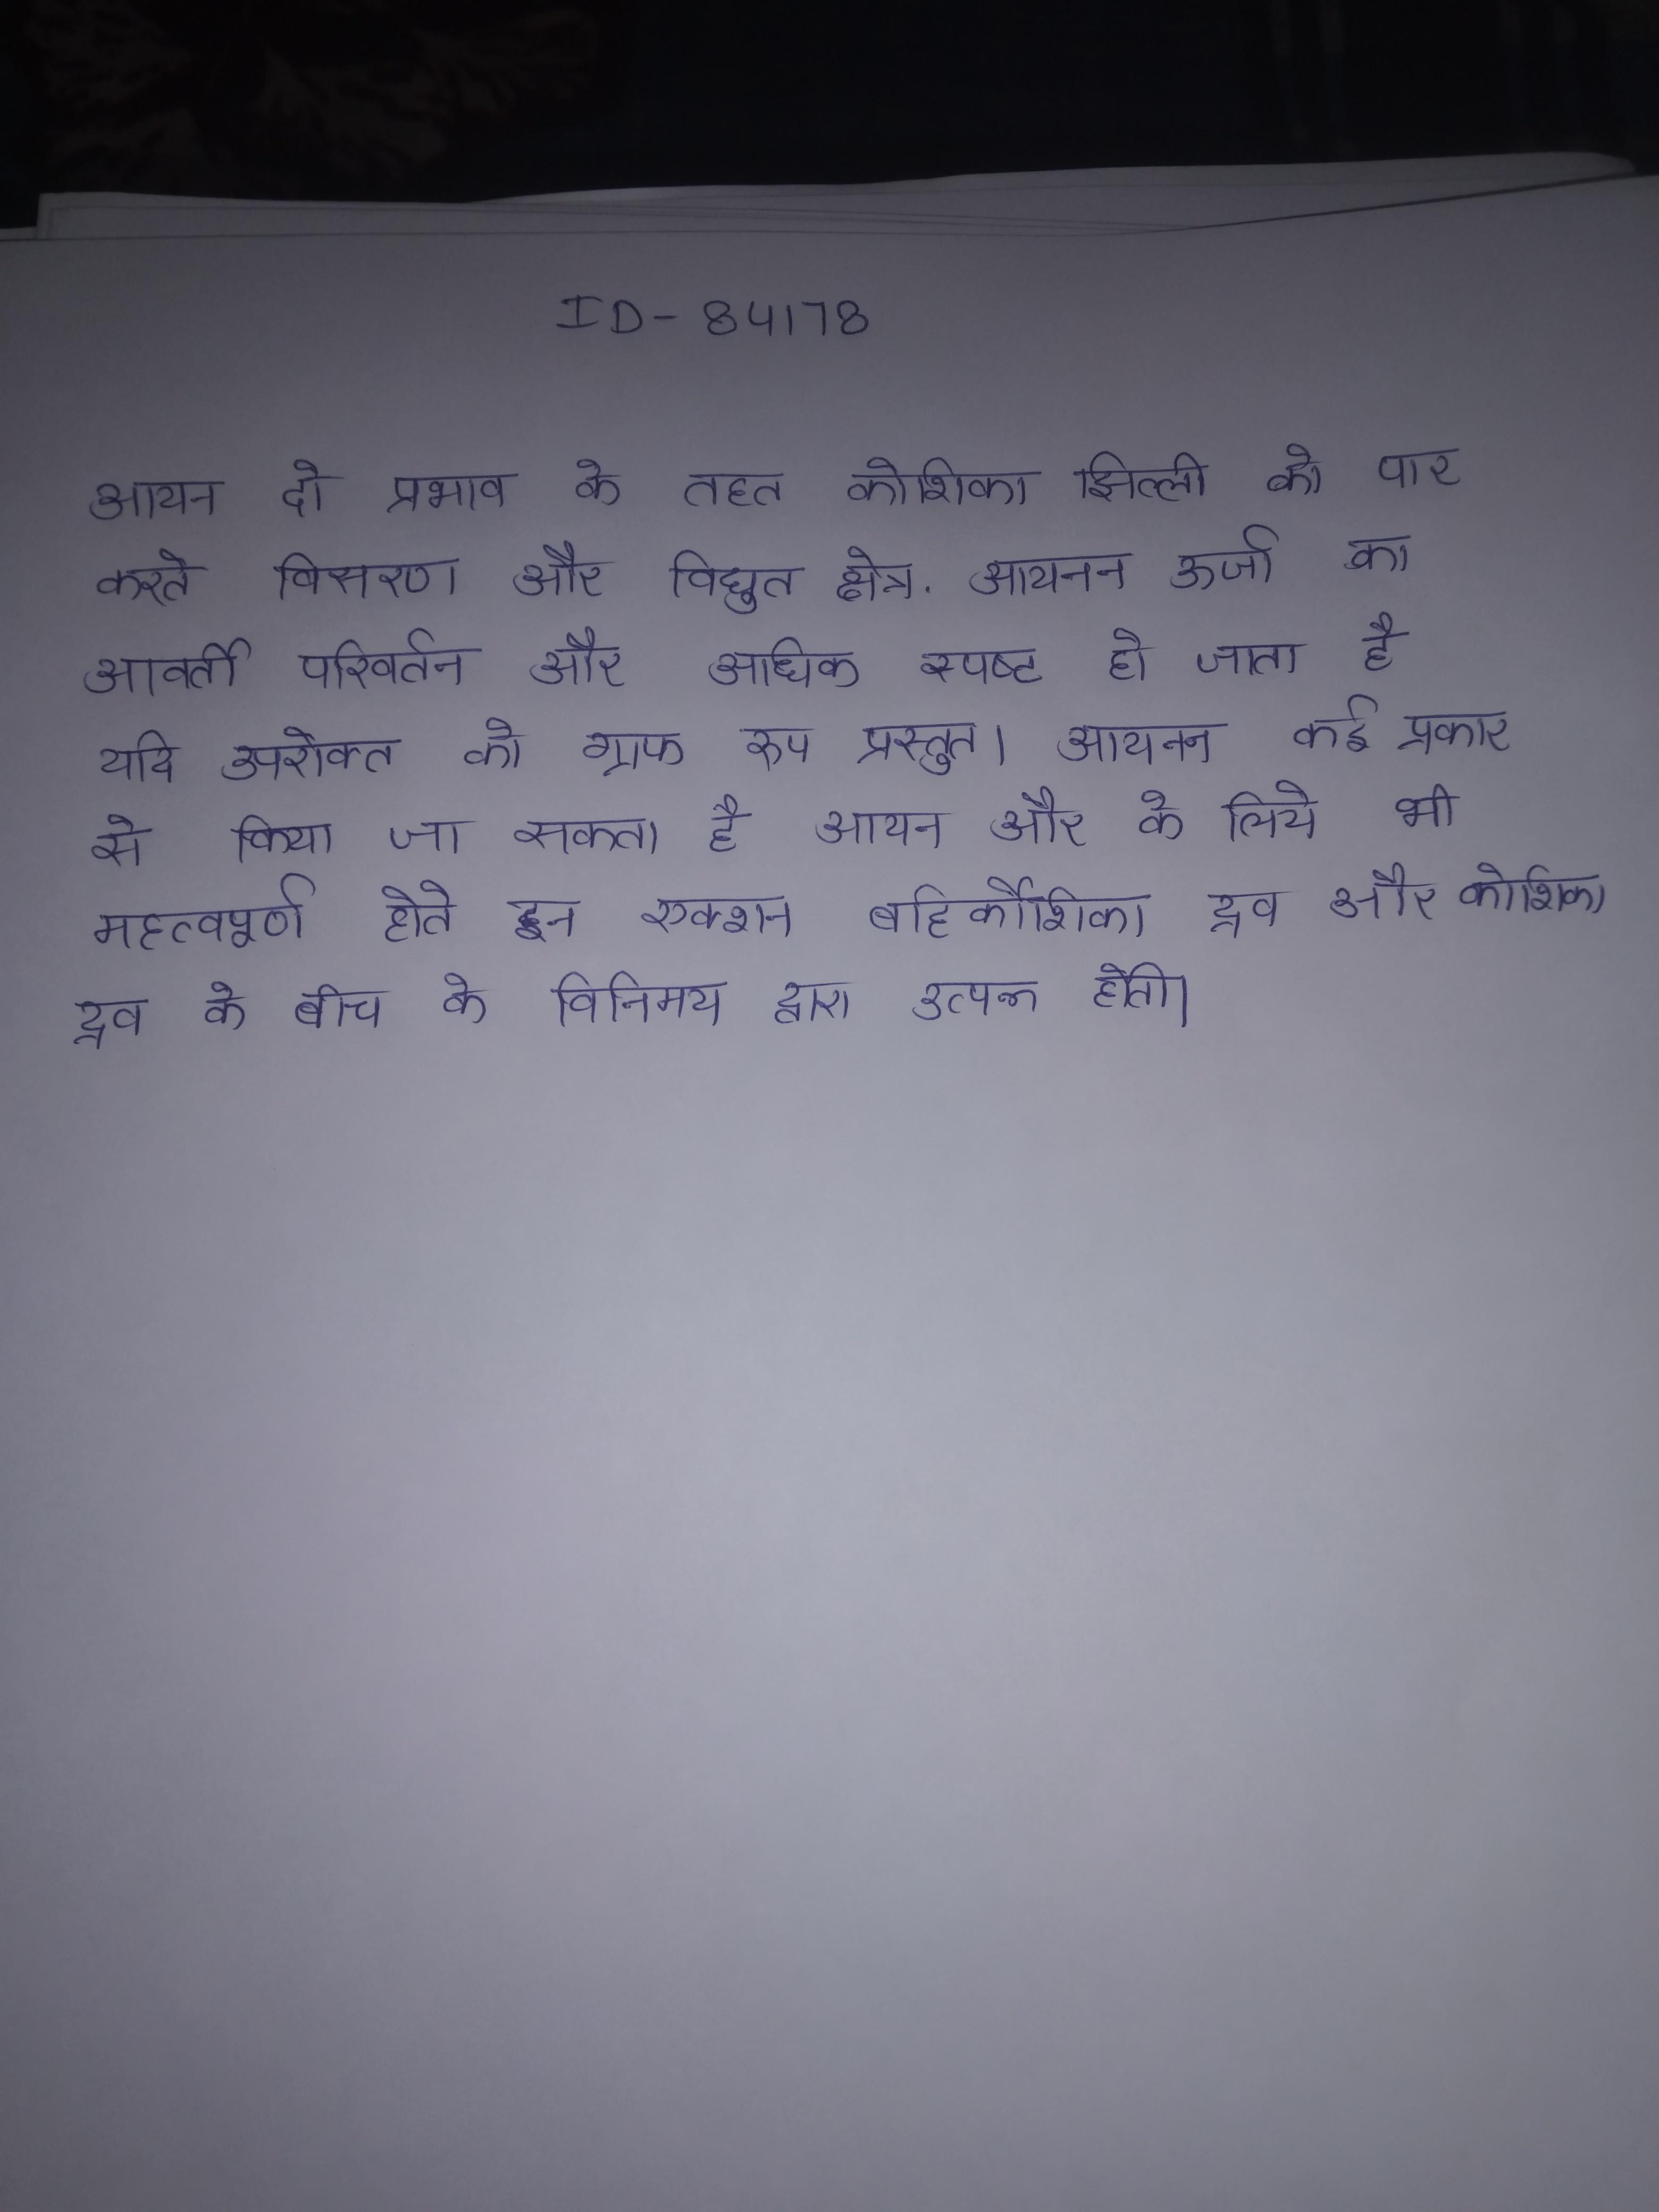
आयन दो प्रभाव के तहत कोशिका झिल्ली को पार करते विसरण और विद्युत् क्षेत्र . आयनन ऊर्जा का आवर्ती परिवर्तन और अधिक स्पष्ट हो जाता है यदि उपरोक्त को ग्राफ रूप प्रस्तुत । आयनन कई प्रकार से किया जा सकता है आयन और के लिये भी महत्वपूर्ण होते इन एक्शन बहिर्कोशिका द्रव और कोशिका द्रव के बीच के विनिमय द्वारा उत्पन्न होती ।